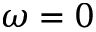
\omega = 0